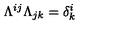
\Lambda ^ { i j } \Lambda _ { j k } = \delta _ { k } ^ { i }